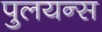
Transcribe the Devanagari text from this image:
पुलयन्स